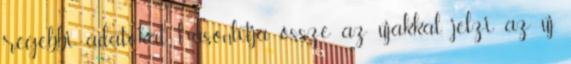
régebbi adatokat hasonlítja össze az újakkal, jelzi az új